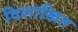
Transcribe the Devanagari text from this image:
विशाखित